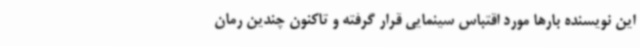
این نویسنده بارها مورد اقتباس سینمایی قرار گرفته‌ و تاکنون چندین رمان